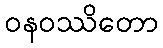
ဝနဝဿိတော